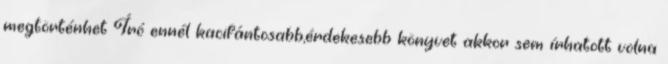
megtörténhet Író ennél kacifántosabb,érdekesebb könyvet akkor sem írhatott volna